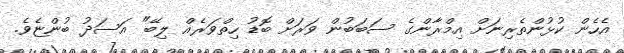
އެހެން ކުޅުންތެރިނަށް އިމްރާންގެ ސަބަބުން ވަރަށް ބޮޑު ހިތްވަރެއް ލިބޭ" އަސަދު ބުންޏެވެ.